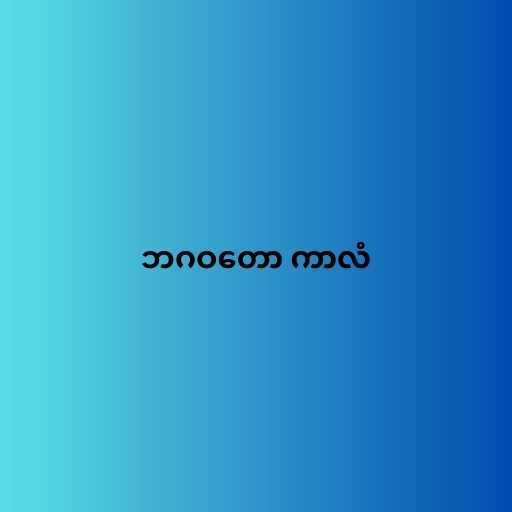
ဘဂဝတော ကာလံ